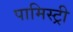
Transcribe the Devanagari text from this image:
पामिस्ट्री